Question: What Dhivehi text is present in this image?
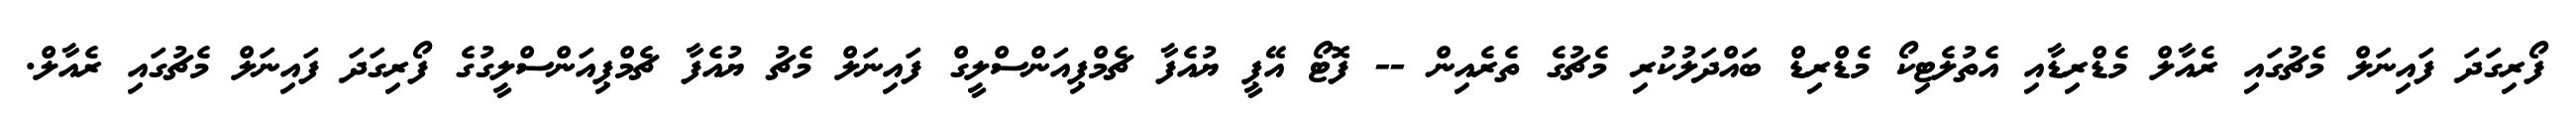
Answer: ފޯރިގަދަ ފައިނަލް މެޗުގައި ރެއާލް މެޑްރިޑާއި އެތުލެޓިކޯ މެޑްރިޑް ބައްދަލުކުރި މެޗުގެ ތެރެއިން -- ފޮޓޯ އޭޕީ ޔުއެފާ ޗެމްޕިއަންސްލީގް ފައިނަލް މެޗު ޔުއެފާ ޗެމްޕިއަންސްލީގުގެ ފޯރިގަދަ ފައިނަލް މެޗުގައި ރެއާލް.